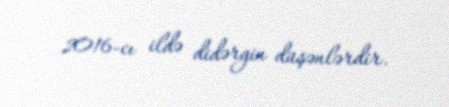
2016-cı ildə didərgin düşənlərdir.